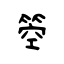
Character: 箜